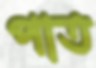
পাত